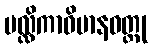
မလ္လိကာဝိမာနဝတ္ထု